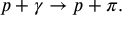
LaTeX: p + \gamma \rightarrow p + \pi .